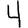
Digit: 4